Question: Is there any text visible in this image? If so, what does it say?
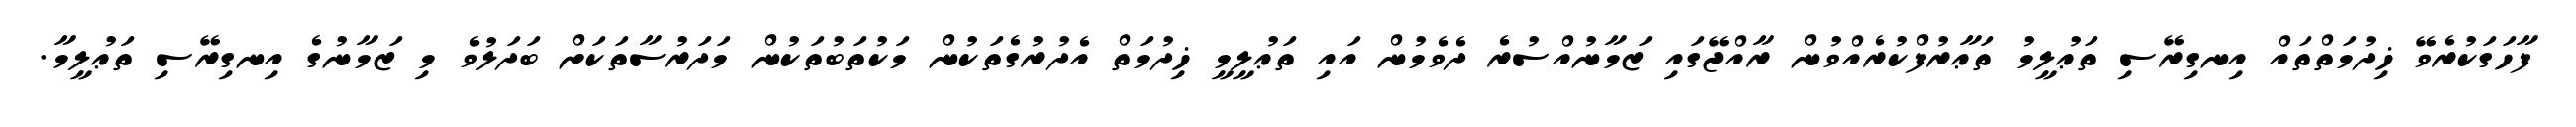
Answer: ފާހަގަކުރެވޭ ޚިދުމަތްތައް އިނގިރޭސި ތަޢުލީމު ތަޢާރުފްކުރެއްވުން ރާއްޖޭގައި ޒަމާނުއްސުރެ ދެވެމުން އައި ތަޢުލީމީ ޚިދުމަތް އެދުރުގެތަކުން މަކުތަބުތަކުން މަދަރުސާތަކަށް ބަދަލުވެ މި ޒަމާނުގެ އިނގިރޭސި ތަޢުލީމާ.